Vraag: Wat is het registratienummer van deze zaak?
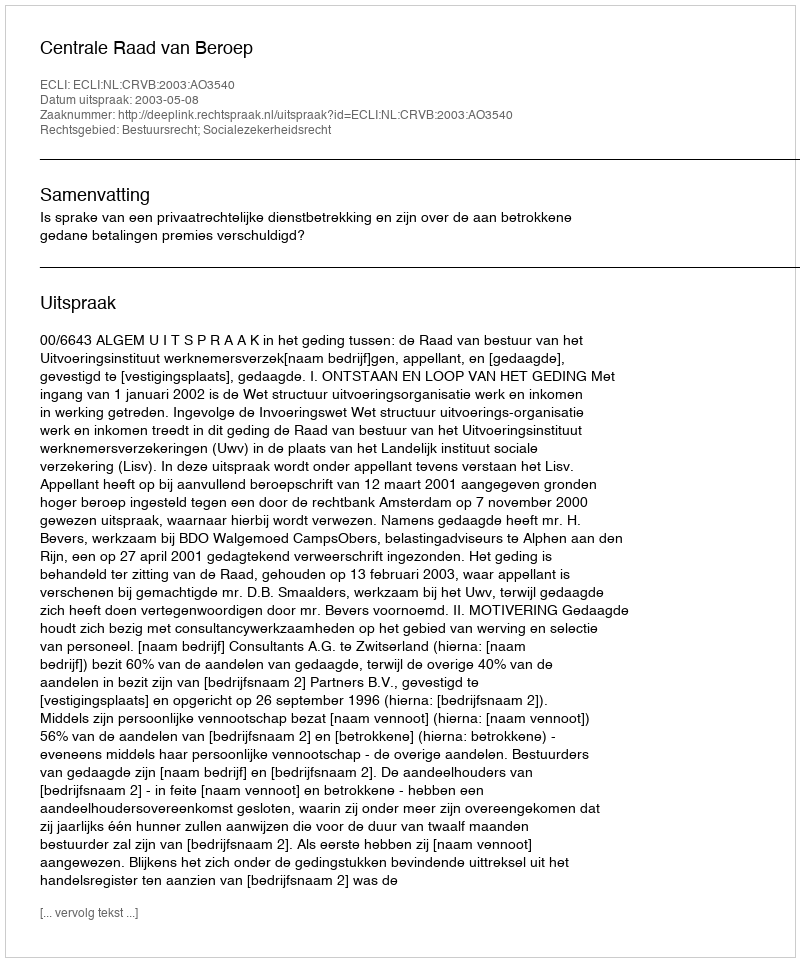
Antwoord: http://deeplink.rechtspraak.nl/uitspraak?id=ECLI:NL:CRVB:2003:AO3540